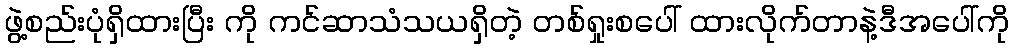
ဖွဲ့စည်းပုံရှိထားပြီး ကို ကင်ဆာသံသယရှိတဲ့ တစ်ရှုးစပေါ် ထားလိုက်တာနဲ့ဒီအပေါ်ကို